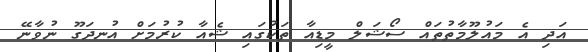
އަދި އެ މައުލޫމާތުތައް ސޯޝަލް މީޑިއާ ތަކުގައި ޝެއާ ކުރުމަށް އުނދަގޫ ނުވާނޭ